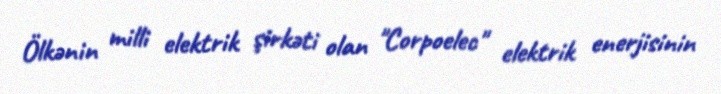
Ölkənin milli elektrik şirkəti olan "Corpoelec" elektrik enerjisinin